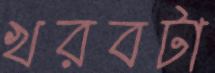
খরবটা